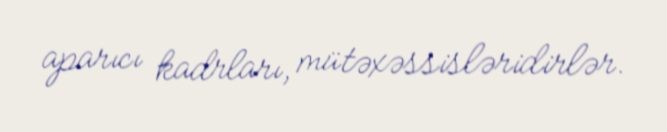
aparıcı kadrları, mütəxəssisləridirlər.